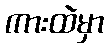
ကားထဲမှာ